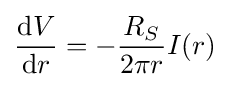
{\frac {\mathrm {d} V}{\mathrm {d} r}}=-{\frac {R_{S}}{2\pi r}}I(r)